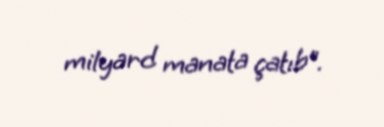
milyard manata çatıb”.